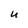
Character: U